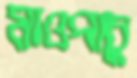
মাওপাচু